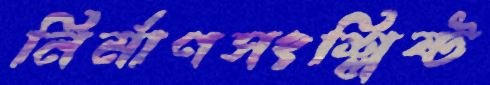
নির্মাণসংশ্লিষ্ট